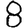
Digit: 8